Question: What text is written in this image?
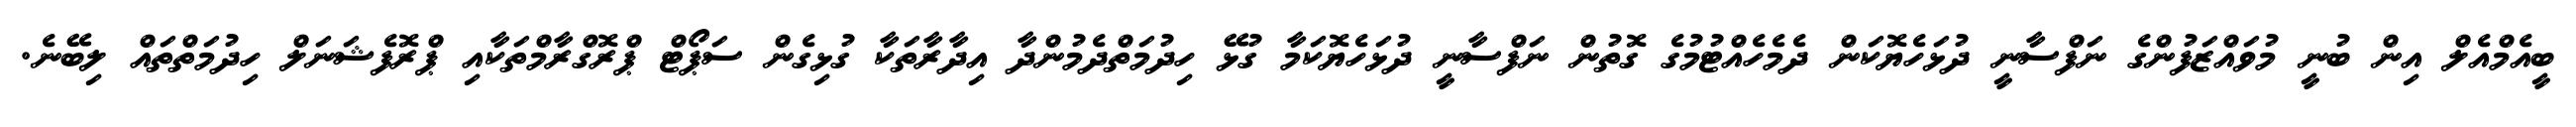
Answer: ބީއެމްއެލް އިން ބުނީ މުވައްޒަފުންގެ ނަފްސާނީ ދުޅަހެޔޮކަން ދެމެހެއްޓުމުގެ ގޮތުން ނަފްސާނީ ދުޅަހެޔޮކަމާ ގުޅޭ ހިދުމަތްދެމުންދާ އިދާރާތަކާ ގުޅިގެން ސަޕޯޓް ޕްރޮގްރާމްތަކާއި ޕްރޮފެޝަނަލް ހިދުމަތްތައް ލިބޭނެ.